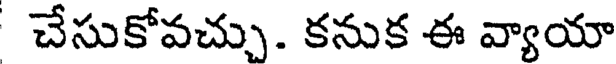
చేసుకోవచ్చు. కనుక ఈ వ్యాయా